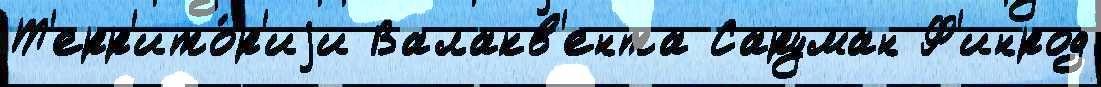
Т'ерр'ито́р'иjи Валакв'ента Саруман Ф'инрод